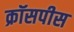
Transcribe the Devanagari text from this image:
क्रॉसपीस